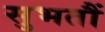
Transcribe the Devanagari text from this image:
सुभतौं